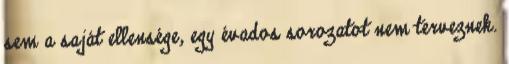
sem a saját ellensége, egy évados sorozatot nem terveznek.